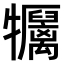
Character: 𤜏